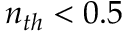
n _ { t h } < 0 . 5